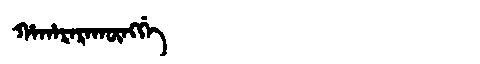
Manchu: ᡥᠠᡥᠠᡵᠠᡵᠠᡴᡡᠩᡤᡝ
Romanization: HAHARARAKŪNGGE